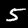
Digit: 5